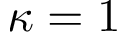
\kappa = 1